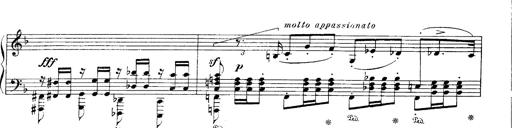
Title: Paraphrase de concert sur Ernani II
Composer: Franz Liszt